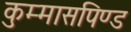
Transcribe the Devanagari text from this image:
कुम्मासपिण्ड